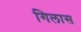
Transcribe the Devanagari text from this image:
गिलास